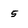
Character: 5